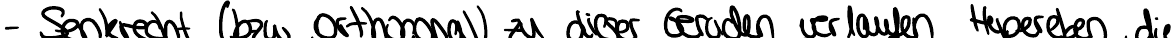
- Senkrecht (bzw. Orthogonal) zu dieser Geraden verlaufen Hyperebenen, die